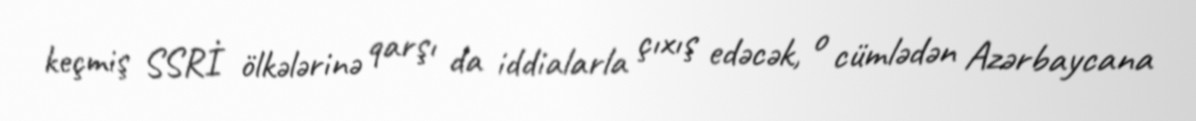
keçmiş SSRİ ölkələrinə qarşı da iddialarla çıxış edəcək, o cümlədən Azərbaycana